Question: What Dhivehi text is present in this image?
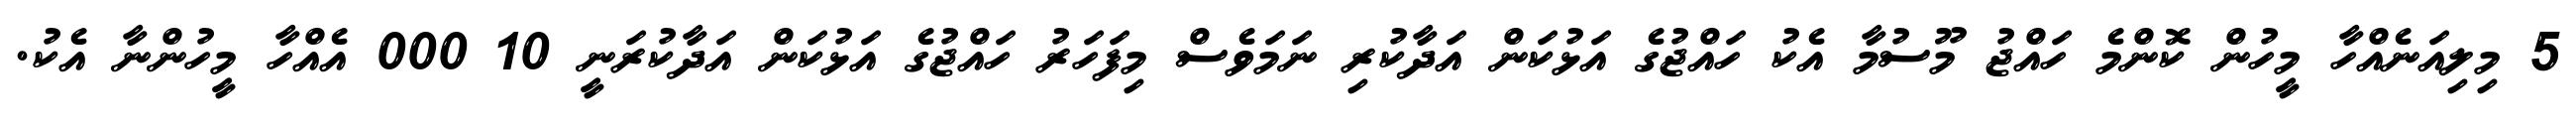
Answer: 5 މިލިއަނެއްހާ މީހުން ކޮންމެ ހައްޖު މޫސުމާ އެކު ހައްޖުގެ އަޅުކަން އަދާކުރި ނަމަވެސް މިފަހަރު ހައްޖުގެ އަޅުކަން އަދާކުރަނީ 10 000 އެއްހާ މީހުންނާ އެކު.